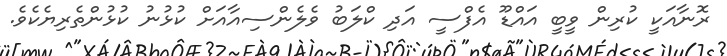
ރޮނާއަކީ ކުރިން ވީބީ އައްޑޫ އެފްސީ އަދި ކްލަބު ވެލެންސިއާއަށް ކުޅުނު ކުޅުންތެރިޔެކެވެ.